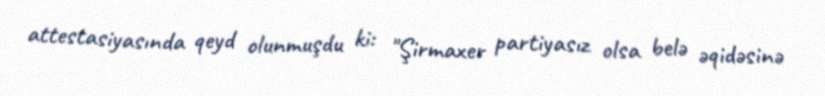
attestasiyasında qeyd olunmuşdu ki: "Şirmaxer partiyasız olsa belə əqidəsinə